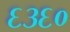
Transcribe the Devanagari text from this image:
६३६०